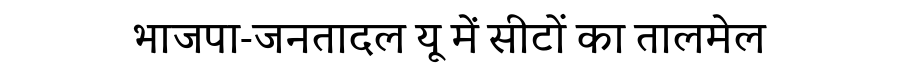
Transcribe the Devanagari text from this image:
भाजपा-जनतादल यू में सीटों का तालमेल